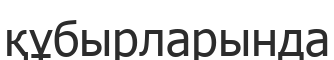
құбырларында